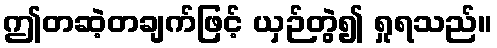
ဤတဆဲ့တချက်ဖြင့် ယှဉ်တွဲ၍ ရှုရသည်။